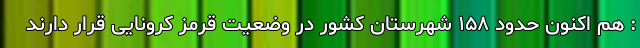
: هم اکنون حدود ۱۵۸ شهرستان کشور در وضعیت قرمز کرونایی قرار دارند